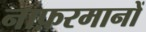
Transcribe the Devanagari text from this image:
नाफ़रमानों